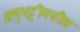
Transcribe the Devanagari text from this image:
अणुभट्टीमधील